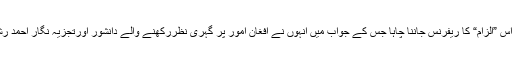
اس بنا پر میں نے وجاہت صاحب سے رابطہ کیا اور اس ”الزام“ کا ریفرنس جاننا چاہا جس کے جواب میں انہوں نے افغان امور پر گہری نظررکھنے والے دانشور اورتجزیہ نگار احمد رشید کے کتاب Descent into chaos کا حوالہ دیا۔